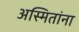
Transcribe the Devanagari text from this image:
अस्मितांना